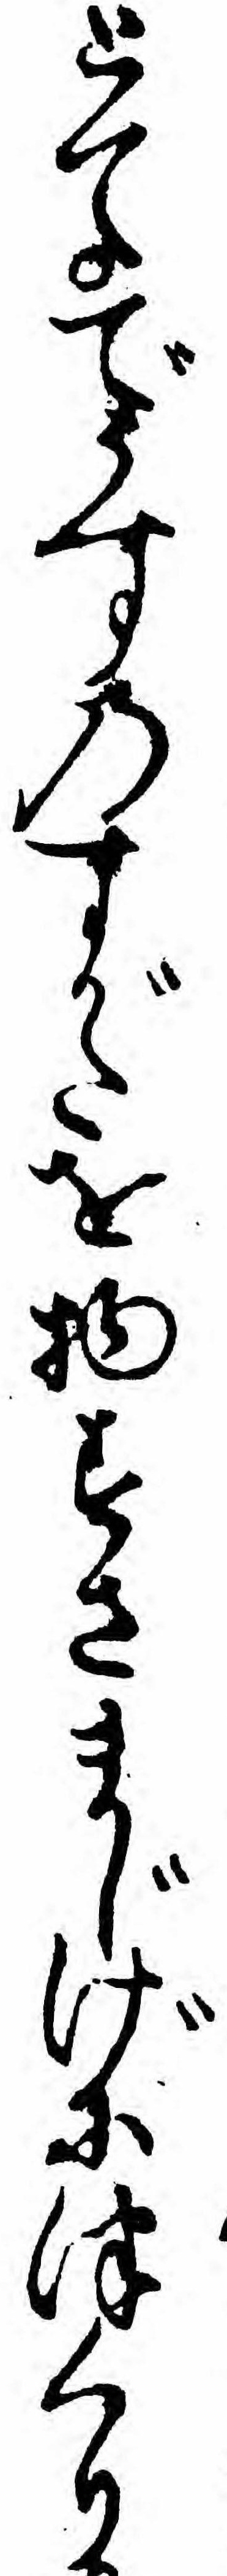
とてでうすのすがたを物すさまじげにつくり